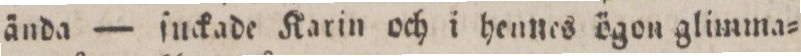
ända — ſnckade Karin och i hennes ögon glimma=